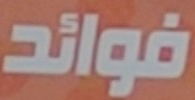
فوائد